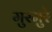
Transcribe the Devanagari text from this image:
मुरमुरे